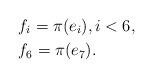
LaTeX: \begin{align*}&f_{i}=\pi(e_i),i<6,\\&f_6=\pi(e_7).\end{align*}